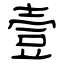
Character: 壹